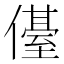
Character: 㒗